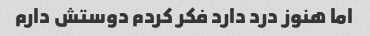
اما هنوز درد دارد فکر کردم دوستش دارم